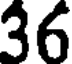
36